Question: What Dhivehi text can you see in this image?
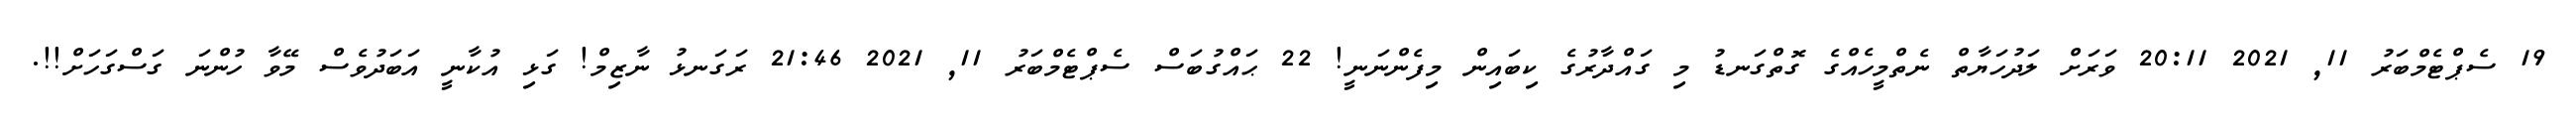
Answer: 19 ސެޕްޓެމްބަރު 11, 2021 20:11 ވަރަށް ލަދުހަޔާތް ނެތްމީހެއްގެ ގޮތްގަނޑު މި ގައްދާރުގެ ކިބައިން މިފެންނަނީ! 22 ޙައްގުބަސް ސެޕްޓެމްބަރު 11, 2021 21:46 ރަގަނޅު ނާޒިމް! ގަޅި އުކާނީ އަބަދުވެސް މޭވާ ހުންނަ ގަސްގަހަށް!!.